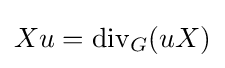
Xu=\operatorname {div} _{G}(uX)